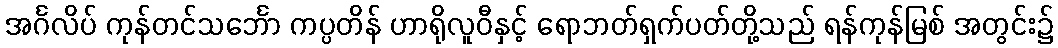
အင်္ဂလိပ် ကုန်တင်သင်္ဘော ကပ္ပတိန် ဟာရိုလူဝီနှင့် ရောဘတ်ရှက်ပတ်တို့သည် ရန်ကုန်မြစ် အတွင်း၌